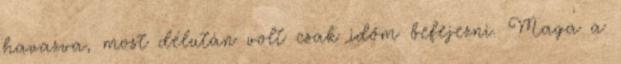
havazva, most délután volt csak időm befejezni. Maga a